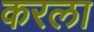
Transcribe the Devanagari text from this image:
करला